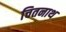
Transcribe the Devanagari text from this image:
चितनाथ